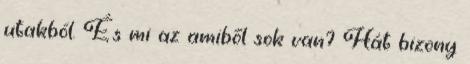
utakból. És mi az amiből sok van? Hát bizony